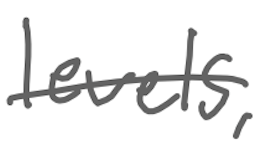
Text: levels,
Cross-out: single-line
Writing tool: digital_gray